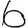
Digit: 6